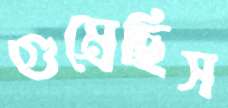
গুম্‌রেছিস